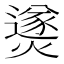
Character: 㸂